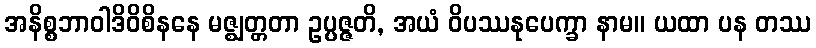
အနိစ္စဘာဝါဒိဝိစိနနေ မဇ္ဈတ္တတာ ဥပ္ပဇ္ဇတိ, အယံ ဝိပဿနုပေက္ခာ နာမ။ ယထာ ပန တဿ